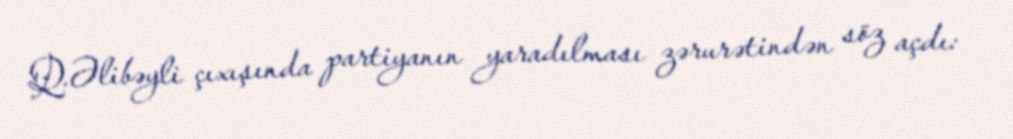
Q.Əlibəyli çıxışında partiyanın yaradılması zərurətindən söz açdı: